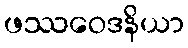
ဖဿဝေဒနိယာ